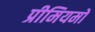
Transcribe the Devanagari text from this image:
प्रीमियमों